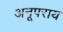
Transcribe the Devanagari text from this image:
अनूपराय